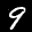
Label: 9